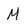
Character: M